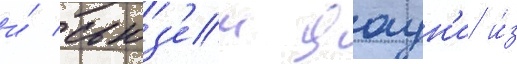
и́ сьюз'ен даун'и и́з